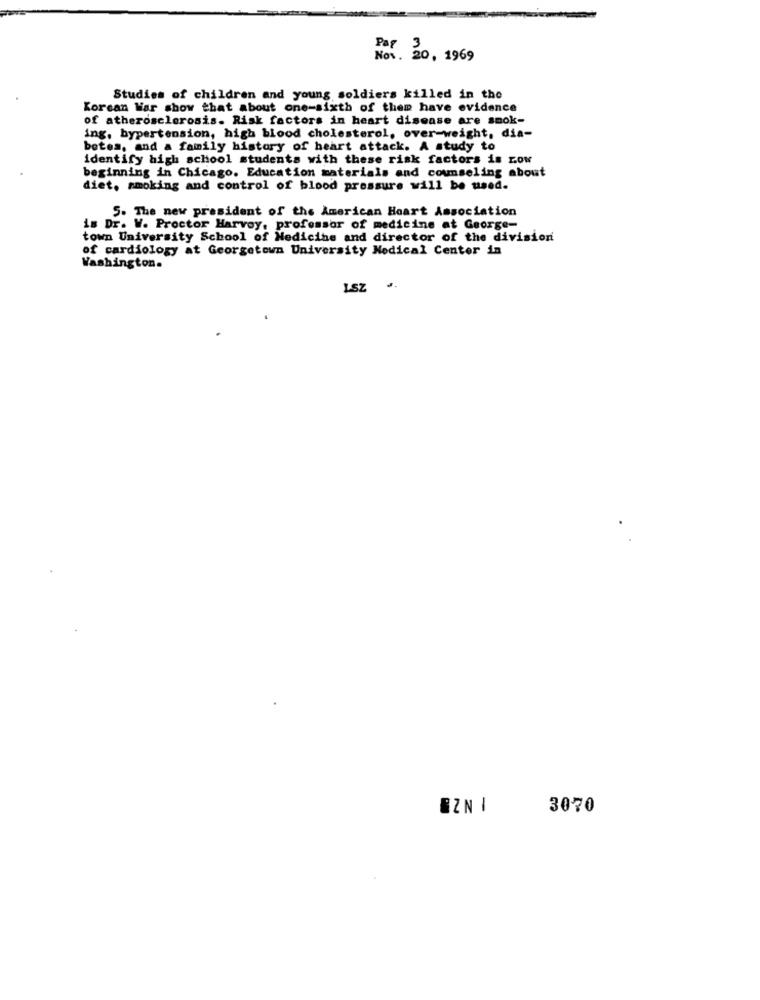
Par 3
Nov. 20, 1969
Studies of children and young soldiers killed in the
Korean War show that about one-sixth of them have evidence
of atherosclerosis. Risk factors in heart disease are smok-
ing, hypertension, high blood cholesterol, over-weight, dia-
botes, and a family history of heart attack. A study to
identify high school students with these risk factors is row
beginning in Chicago. Education materials and counseling about
diet, smoking and control of blood pressure will be used.
5. The new president of the American Heart Association
is Dr. W. Proctor Harvoy, professor of medicine at George-
town University School of Medicine and director of the division
of cardiology at Georgetown University Medical Center in
Washington.
LSZ
BZN1
3070